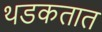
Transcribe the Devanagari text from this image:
थडकतात